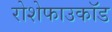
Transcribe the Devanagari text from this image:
रोशेफाउकॉड